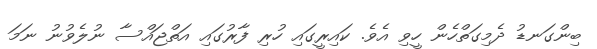
ބިންގަނޑު ދެމިގަތްހެން ހީވި އެވެ. ކައިރީގައި ހުރި ފާރުގައި އަތްޖައްސާ ނުލެވުނު ނަމަ